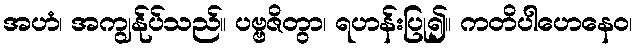
အဟံ၊ အကျွန်ုပ်သည်။ ပဗ္ဗဇိတွာ၊ ရဟန်းပြု၍။ ကတိပါဟေနေဝ၊